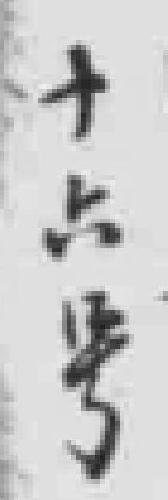
十六号